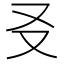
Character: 㕛